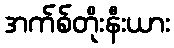
အက်စ်တိုးနီးယား